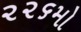
૨૨૬મો